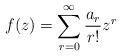
LaTeX: \begin{align*}f(z)=\sum^{\infty}_{r=0}\frac{a_{r}}{r!}z^{r}\end{align*}